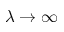
\lambda \rightarrow \infty